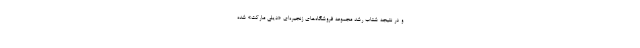
و در نتیجه شتاب رشد مجموعه فروشگاه‌های زنجیره‌ای «دیلی مارکت» شده